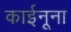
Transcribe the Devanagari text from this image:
काईनूना